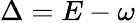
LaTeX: \Delta=E-\omega